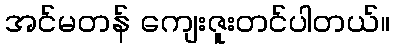
အင်မတန် ကျေးဇူးတင်ပါတယ်။